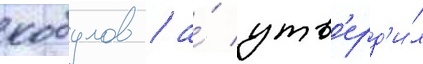
кобулов / а́ утв'ерд'и́л